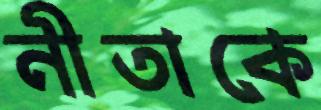
নীতাকে